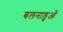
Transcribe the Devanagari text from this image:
बलनाडुओं